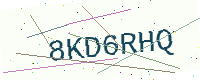
Text: 8KD6RHQ